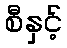
စီနှင့်